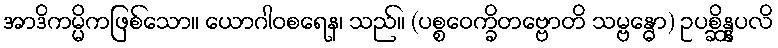
အာဒိကမ္မိကဖြစ်သော။ ယောဂါဝစရေန၊ သည်။ (ပစ္စဝေက္ခိတဗ္ဗောတိ သမ္ဗန္ဓော) ဥပစ္ဆိန္နပလိ